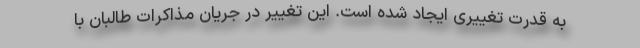
به قدرت تغییری ایجاد شده است. این تغییر در جریان مذاکرات طالبان با